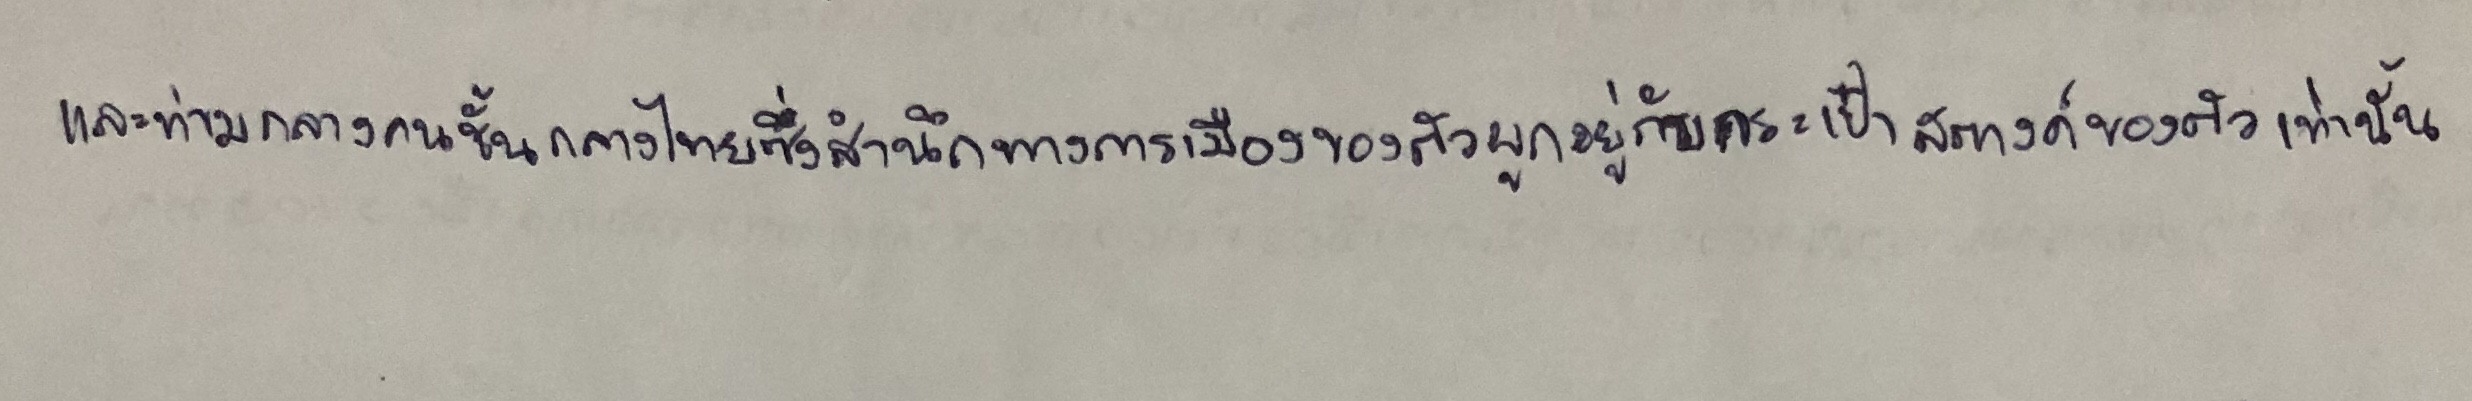
และท่ามกลางคนชั้นกลางไทยซึ่งสำนึกทางการเมืองของตัวผูกอยู่กับกระเป๋าสตางค์ของตัวเท่านั้น